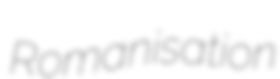
Romanisation